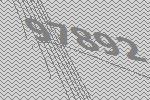
97892